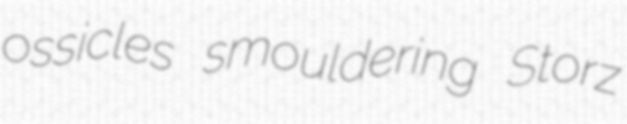
ossicles smouldering Storz